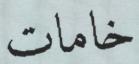
خامات